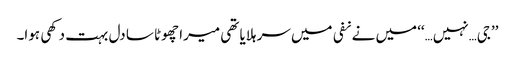
’’جی…نہیں…‘‘ میں نے نفی میں سر ہلایا تھی میرا چھوٹا سا دل بہت دکھی ہوا۔